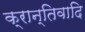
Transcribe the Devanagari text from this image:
क्रान्तिवादि